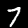
Digit: 7